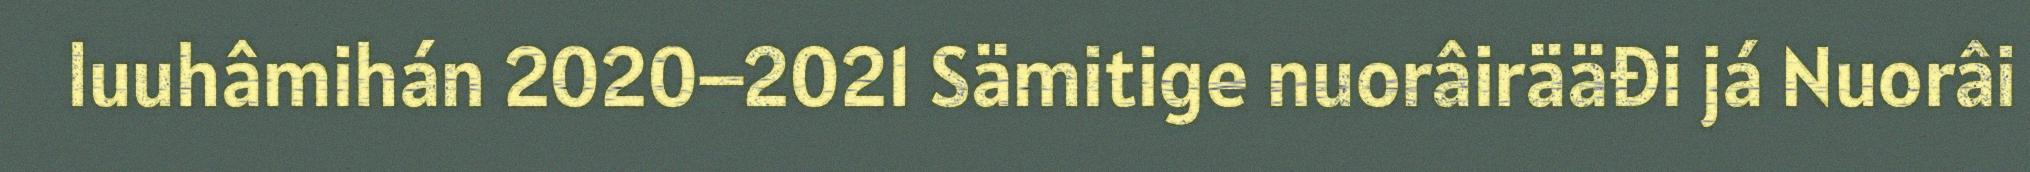
luuhâmihán 2020–2021 Sämitige nuorâirääđi já Nuorâi